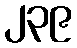
၂၃၉